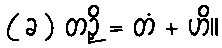
( ခ ) တဉှိ = တံ + ဟိ။